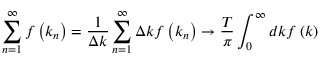
\sum _ { n = 1 } ^ { \infty } f \left( k _ { n } \right) = \frac { 1 } { \Delta k } \sum _ { n = 1 } ^ { \infty } \Delta k f \left( k _ { n } \right) \rightarrow \frac { T } { \pi } \int _ { 0 } ^ { \infty } d k f \left( k \right)